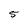
Character: 5